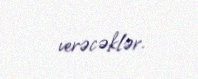
verəcəklər.